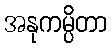
အနုကမ္ပိတာ